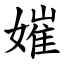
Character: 㜠